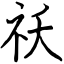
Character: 祅